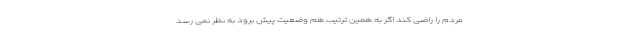
مردم را راضی کند اگر به همین ترتیب هم وضعیت پیش برود به نظر نمی رسد